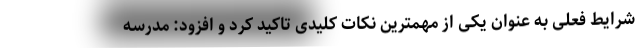
شرایط فعلی به عنوان یکی از مهمترین نکات کلیدی تاکید کرد و افزود: مدرسه